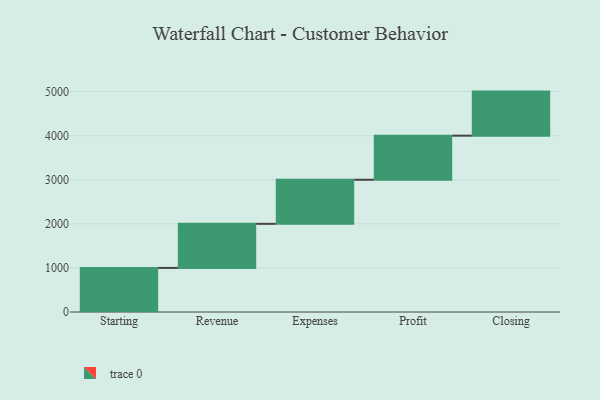
{"axis": {"x": "Step", "y": "Value"}, "legend": [""], "data": [{"x": "Starting", "y": 1000, "type": ""}, {"x": "Revenue", "y": 1000, "type": ""}, {"x": "Expenses", "y": 1000, "type": ""}, {"x": "Profit", "y": 1000, "type": ""}, {"x": "Closing", "y": 1000, "type": ""}]}